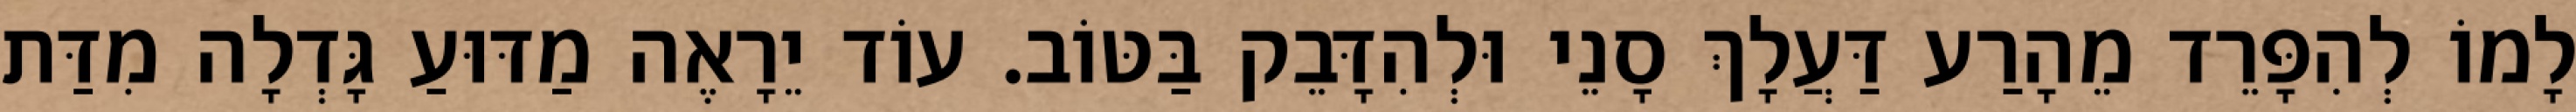
לָמוֹ לְהִפָּרֵד מֵהָרַע דַּעֲלָךְ סָנֵי וּלְהִדָּבֵק בַּטּוֹב. עוֹד יֵרָאֶה מַדּוּעַ גָּדְלָה מִדַּת